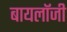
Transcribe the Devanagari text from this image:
बायलॉजी